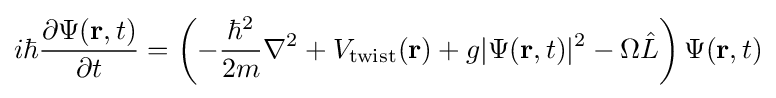
i\hbar {\frac {\partial \Psi (\mathbf {r} ,t)}{\partial t}}=\left(-{\frac {\hbar ^{2}}{2m}}\nabla ^{2}+V_{\text{twist}}(\mathbf {r} )+g|\Psi (\mathbf {r} ,t)|^{2}-\Omega {\hat {L}}\right)\Psi (\mathbf {r} ,t)